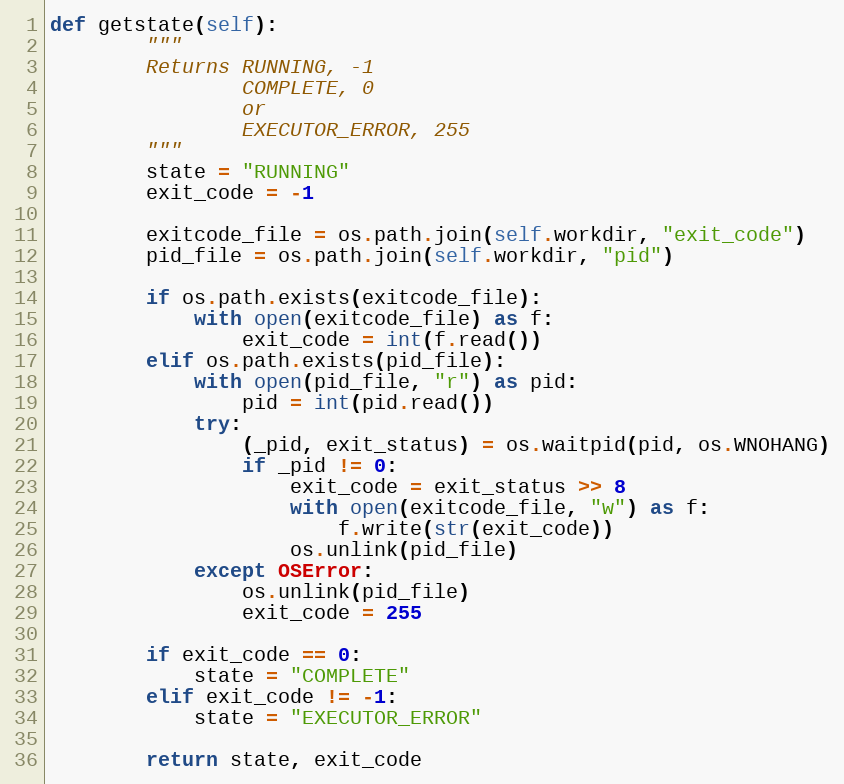
Language: Python
def getstate(self):
        """
        Returns RUNNING, -1
                COMPLETE, 0
                or
                EXECUTOR_ERROR, 255
        """
        state = "RUNNING"
        exit_code = -1

        exitcode_file = os.path.join(self.workdir, "exit_code")
        pid_file = os.path.join(self.workdir, "pid")

        if os.path.exists(exitcode_file):
            with open(exitcode_file) as f:
                exit_code = int(f.read())
        elif os.path.exists(pid_file):
            with open(pid_file, "r") as pid:
                pid = int(pid.read())
            try:
                (_pid, exit_status) = os.waitpid(pid, os.WNOHANG)
                if _pid != 0:
                    exit_code = exit_status >> 8
                    with open(exitcode_file, "w") as f:
                        f.write(str(exit_code))
                    os.unlink(pid_file)
            except OSError:
                os.unlink(pid_file)
                exit_code = 255

        if exit_code == 0:
            state = "COMPLETE"
        elif exit_code != -1:
            state = "EXECUTOR_ERROR"

        return state, exit_code